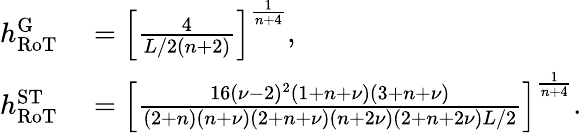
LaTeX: \begin{array}{rl}{h_{\mathrm{RoT}}^{\mathrm{G}}}&{{}=\left[\frac{4}{L/2(n+2)}\right]^{\frac{1}{n+4}},}\\ {h_{\mathrm{RoT}}^{\mathrm{ST}}}&{{}=\left[\frac{16(\nu-2)^{2}(1+n+\nu)(3+n+\nu)}{(2+n)(n+\nu)(2+n+\nu)(n+2\nu)(2+n+2\nu)L/2}\right]^{\frac{1}{n+4}}.}\end{array}